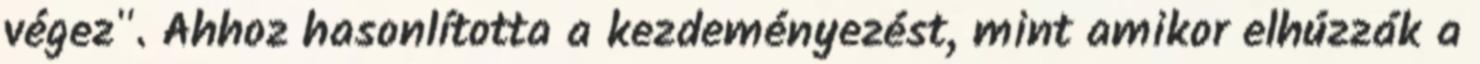
végez". Ahhoz hasonlította a kezdeményezést, mint amikor elhúzzák a